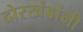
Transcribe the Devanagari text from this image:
दोरखंडांनी